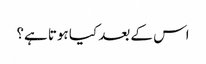
اس کے بعد کیا ہوتا ہے؟